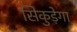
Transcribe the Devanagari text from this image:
सिकुड़ेगा